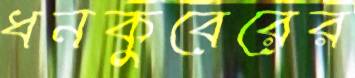
ধনকুবেরের